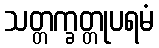
သတ္တက္ခတ္တုပရမံ